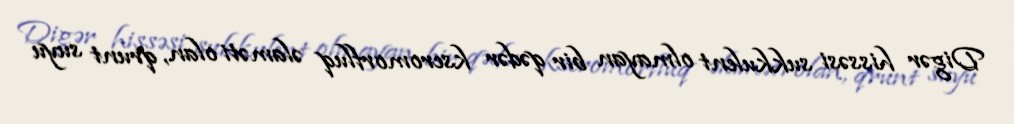
Digər hissəsi sukkulent olmayan bir qədər kseromorfluq əlaməti olan, qrunt suyu